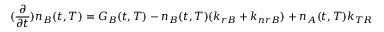
( \frac { \partial } { \partial t } ) n _ { B } ( t , T ) = G _ { B } ( t , T ) - n _ { B } ( t , T ) ( k _ { r B } + k _ { n r B } ) + n _ { A } ( t , T ) k _ { T R }